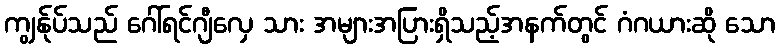
ကျွန်ုပ်သည် ဂေါ်ရင်ဂျီလှေ သား အများအပြားရှိသည့်အနက်တွင် ဂံဂယားဆို သော